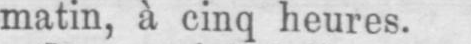
matin, à cinq heures.